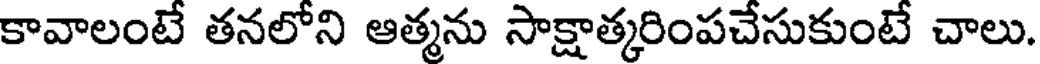
కావాలంటే తనలోని ఆత్మను సాక్షాత్కరింపచేసుకుంటే చాలు.